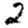
Digit: 2